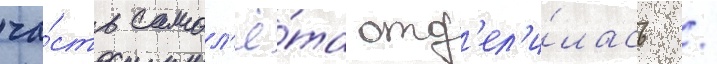
ча́сть самол'ё́та отд'ел'и́лась /